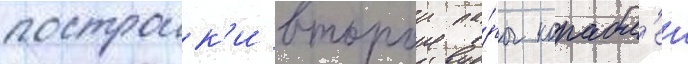
построик'и второи па́ры корабл'еи